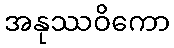
အနုဿဝိကော